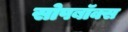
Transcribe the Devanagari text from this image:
सोपबॉक्स